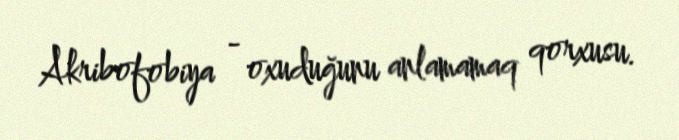
Akribofobiya - oxuduğunu anlamamaq qorxusu.